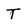
Character: T